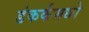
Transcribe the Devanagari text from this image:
डंकर्कमध्ये